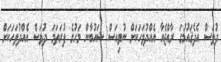
ދުވަސް އެދެޤައުމުގަ ރާއްޖެއާ އެއްދުވަހަކަށް ނުވިއަސް ޝައުބާން މަހުގެ ފުރަތަމަ ދުވަސް އެއްދުވަހަކަށް